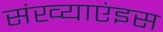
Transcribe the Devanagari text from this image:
संख्याएंइस